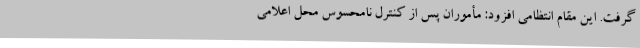
گرفت. این مقام انتظامی افزود: مأموران پس از کنترل نامحسوس محل اعلامی